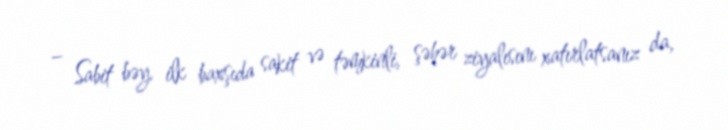
– Sabit bəy, ilk baxşıda sakit və təmkinli, şəhər ziyalısını xatırlatsanız da,